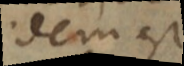
idem est